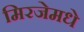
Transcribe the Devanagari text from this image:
मिरजेमधे